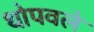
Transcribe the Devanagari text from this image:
थोपवले